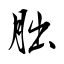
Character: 胐